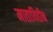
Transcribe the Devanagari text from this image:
माताविहीन